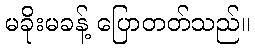
မခိုးမခန့် ပြောတတ်သည်။